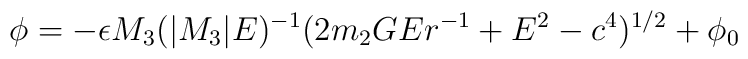
\phi = - \epsilon M_{3}(|M_{3}|E)^{- 1}(2m_{2}GEr^{- 1} + E^{2} - c^{4})^{1/2} + \phi_{0}